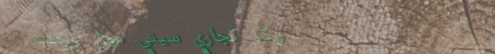
مركز تجاري سيتي مول: وجهت